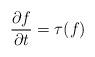
LaTeX: \begin{align*}\frac{\partial f}{\partial t} = \tau (f) \end{align*}